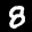
Label: 8